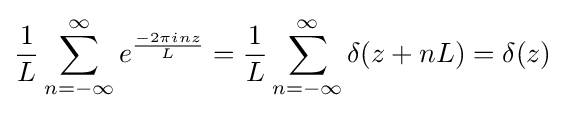
{\frac {1}{L}}\sum _{n=-\infty }^{\infty }e^{\frac {-2\pi inz}{L}}={\frac {1}{L}}\sum _{n=-\infty }^{\infty }\delta (z+nL)=\delta (z)